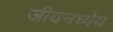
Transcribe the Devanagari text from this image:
जीवनध्येय